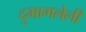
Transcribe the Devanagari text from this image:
दुभागलेली